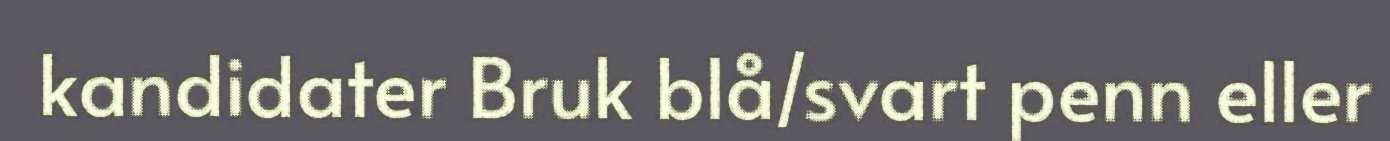
kandidater Bruk blå/svart penn eller